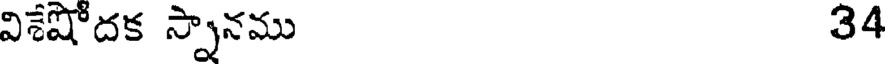
విశేషోదక స్నానము 34